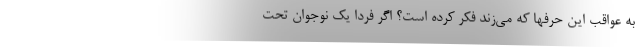
به عواقب این حرفها که می‌زند فکر کرده‌ است؟ اگر فردا یک نوجوان تحت